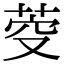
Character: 𮏋